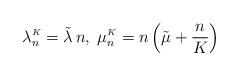
LaTeX: \begin{align*}\lambda^{\scriptscriptstyle{K}}_n=\tilde{\lambda}\, n,\; \mu^{\scriptscriptstyle{K}}_n=n\left(\tilde{\mu}+\frac{n}{K}\right)\end{align*}